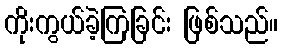
ကိုးကွယ်ခဲ့ကြခြင်း ဖြစ်သည်။